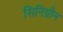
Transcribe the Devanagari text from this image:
सिनिग्रीन